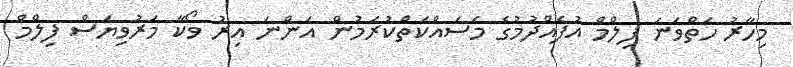
މިހާރު ހަތްވަނަ ފިލްމް އުފެއްދުމުގެ މަސައްކަތްކުރަމުން އަންނަ އިރު ވޯކާ މަރުވިޔަސް ފިލްމް